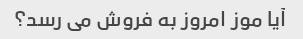
آیا موز امروز به فروش می رسد؟